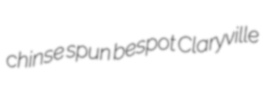
chinse spun bespot Claryville